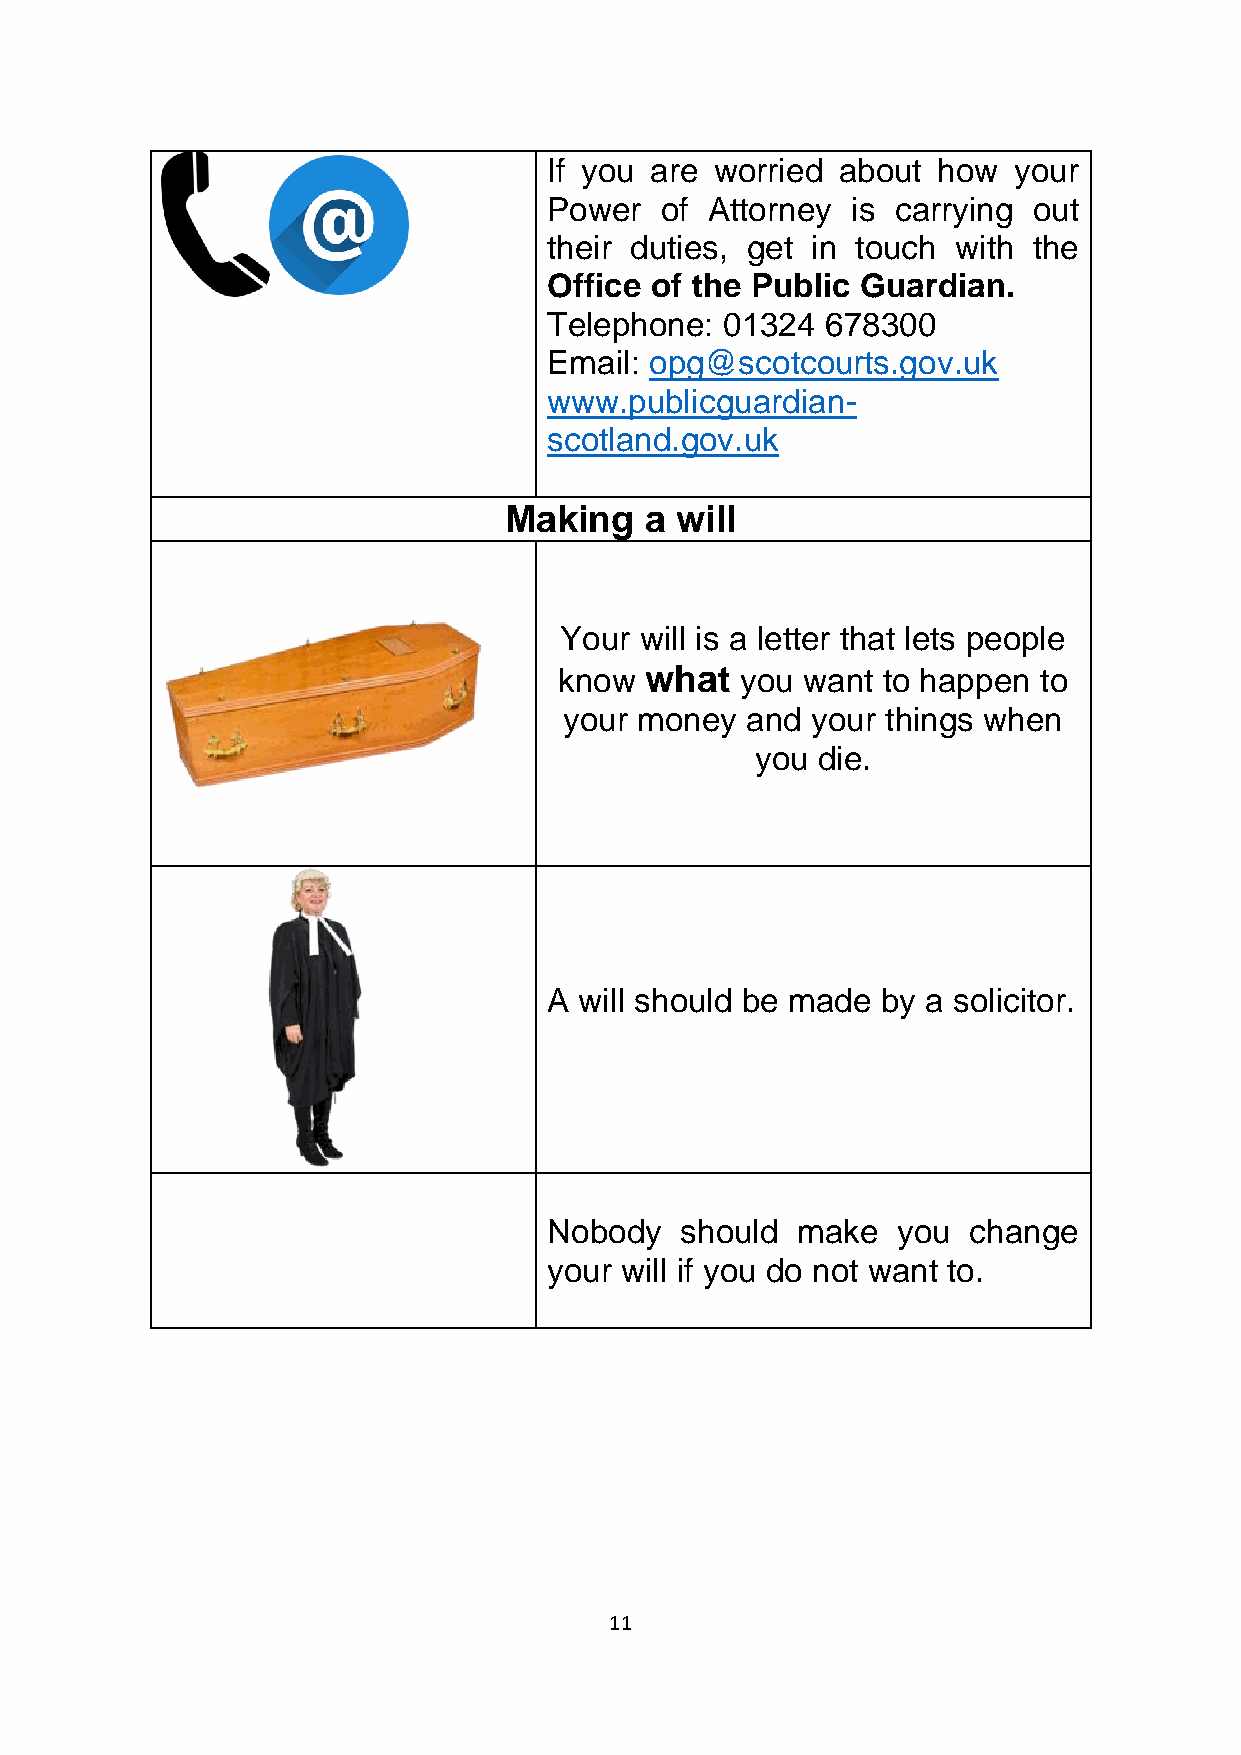
If you are worried about  how  your
 Power   of Attorney is carrying out
 their duties, get in touch with the
 Office of the Public Guardian.
 Telephone:  01324  678300
 Email: opg@scotcourts.gov.uk
 www.publicguardian-
 scotland.gov.uk
 Making    a will
 Your will is a letter that lets people
 know  what  you want to happen  to
 your money  and  your things when
 you die.
 A will should be made by a solicitor.
 Nobody   should  make  you  change
 your will if you do not want to.
 11